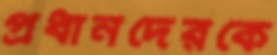
প্রধানদেরকে